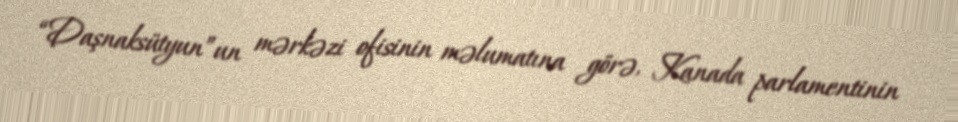
“Daşnaksütyun”un mərkəzi ofisinin məlumatına görə, Kanada parlamentinin